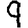
Digit: 9